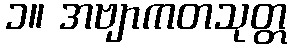
၁။ အဗျာကတသုတ္တ